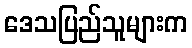
ဒေသပြည်သူများက